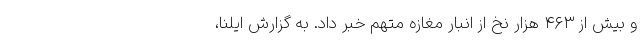
و بیش از ۴۶۳ هزار نخ از انبار مغازه متهم خبر داد. به گزارش ایلنا،